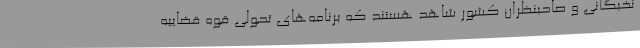
نخبگانی و صاحبنظران کشور شاهد هستند که برنامه‌های تحولی قوه قضاییه